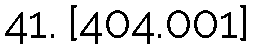
41. [404.001]